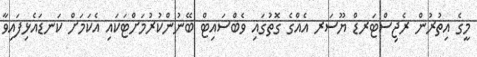
މީގެ އިތުރުން ރެޖިސްޓަރޑް ޔޫސަރ އެއްގެ ގޮތުގައި ވެބްސައިޓް ބޭނުންކުރުމަށްޓަކައި އެކަމަށް ކަނޑައެޅިފައިވާ